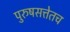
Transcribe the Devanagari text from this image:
पुरुषसत्तेतच